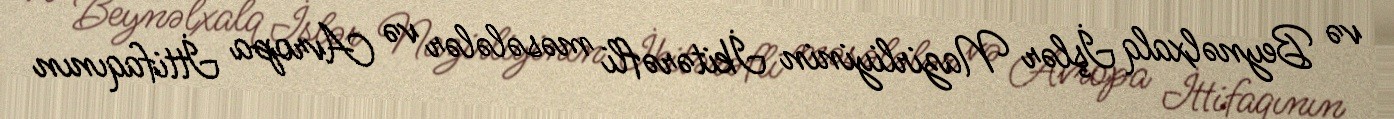
və Beynəlxalq İşlər Nazirliyinin İkitərəfli məsələlər və Avropa İttifaqının